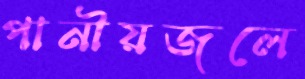
পানীয়জলে